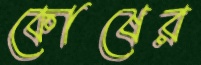
কোষের